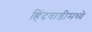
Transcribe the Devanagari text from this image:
हिंदवाडीमध्ये